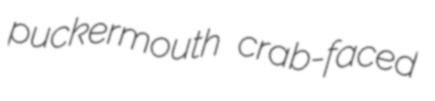
puckermouth crab-faced